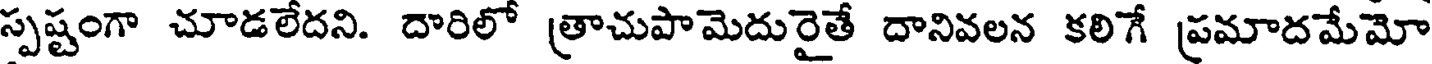
స్పష్టంగా చూడలేదని. దారిలో త్రాచుపామెదురైతే దానివలన కలిగే ప్రమాదమేమో